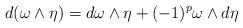
LaTeX: \begin{align*}d(\omega \wedge \eta ) =d\omega \wedge \eta +(-1)^p \omega \wedge d\eta\end{align*}